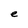
Character: e